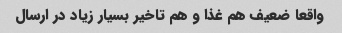
واقعا ضعیف هم غذا و هم تاخیر بسیار زیاد در ارسال